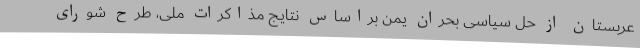
عربستان از حل سیاسی بحران یمن براساس نتایج مذاکرات ملی، طرح شورای